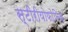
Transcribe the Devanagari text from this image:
स्टीरीयोफोनिक